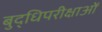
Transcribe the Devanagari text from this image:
बुद्धिपरीक्षाओं